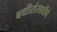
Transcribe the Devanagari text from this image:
बधीरांसाठीचे